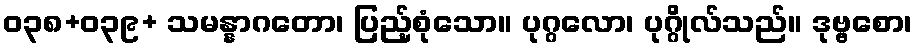
ဝ၃၈+၀၃၉+ သမန္နာဂတော၊ ပြည့်စုံသော။ ပုဂ္ဂလော၊ ပုဂ္ဂိုလ်သည်။ ဒုဗ္ဗစော၊